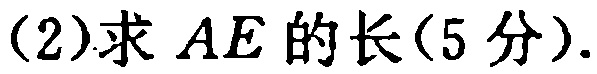
(2)求 \(AE\) 的长(5 分).